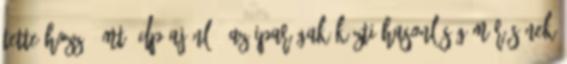
tette hozzá. MT DP ajánló: Az iparágak közti hasonlóság mérésének